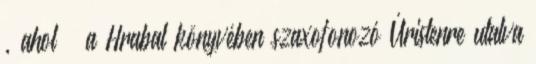
, ahol – a Hrabal könyvében szaxofonozó Úristenre utalva